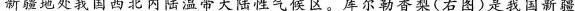
新疆地处我国西北内陆温带大陆性气候区。库尔勒香梨(右图)是我国新疆